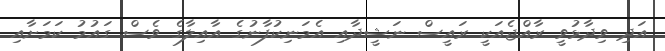
އަދި ވިދާޅުވީ ރާއްޖެއަކީ ރައީސް ނަޝީދާއި އެމަނިކުފާނުގެ އާއިލާގެ ވެސް ގައުމު ކަމަށާއި